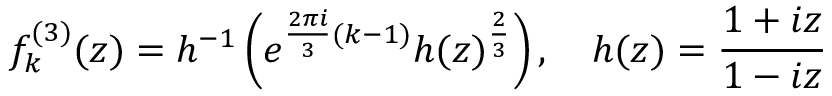
f _ { k } ^ { ( 3 ) } ( z ) = h ^ { - 1 } \left( e ^ { \frac { 2 \pi i } { 3 } ( k - 1 ) } h ( z ) ^ { \frac { 2 } { 3 } } \right) , \quad h ( z ) = \frac { 1 + i z } { 1 - i z }